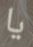
يا